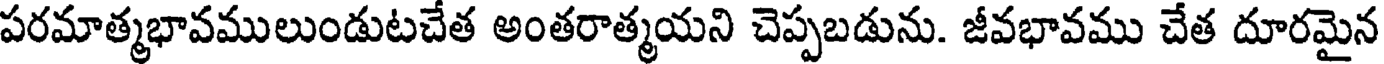
పరమాత్మభావములుండుటచేత అంతరాత్మయని చెప్పబడును. జీవభావము చేత దూరమైన